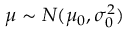
\mu \sim N ( \mu _ { 0 } , \sigma _ { 0 } ^ { 2 } )